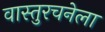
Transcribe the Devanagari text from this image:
वास्तुरचनेला